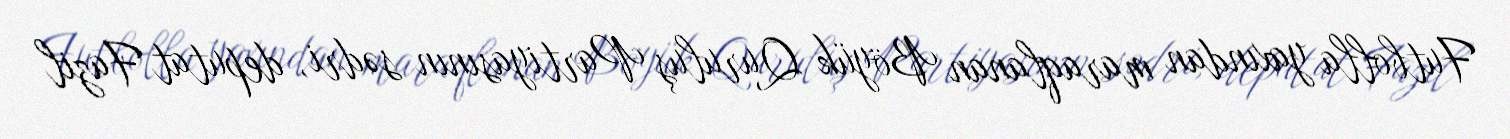
Futbolla yaxından maraqlanan Böyük Quruluş Partiyasının sədri, deputat Fazil